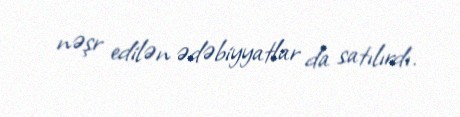
nəşr edilən ədəbiyyatlar da satılırdı.